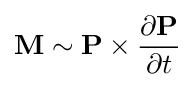
\mathbf {M} \sim \mathbf {P} \times {\frac {\partial \mathbf {P} }{\partial t}}